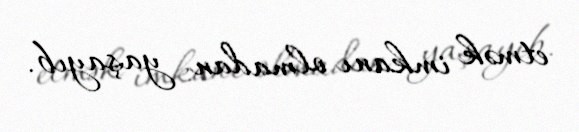
etmək imkanı olmadan yaşayıb.